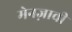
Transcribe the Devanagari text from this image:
मेनज़ावी